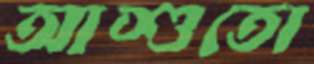
আশুতো